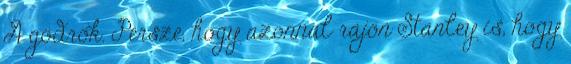
A gödrök. Persze, hogy azonnal rájön Stanley is, hogy